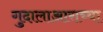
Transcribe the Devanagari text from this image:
गुदालाआराच्या